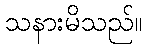
သနားမိသည်။